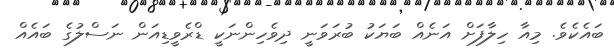
ބައެކެވެ. މިއާ ހިލާފަށް އަނެއް ބަޔަކު ބުރަވަނީ ދިވެހިންނަކީ ޑްރެވީޑިއަން ނަސްލުގެ ބައެއް